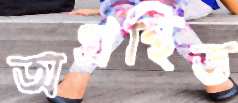
অগ্রন্থিত